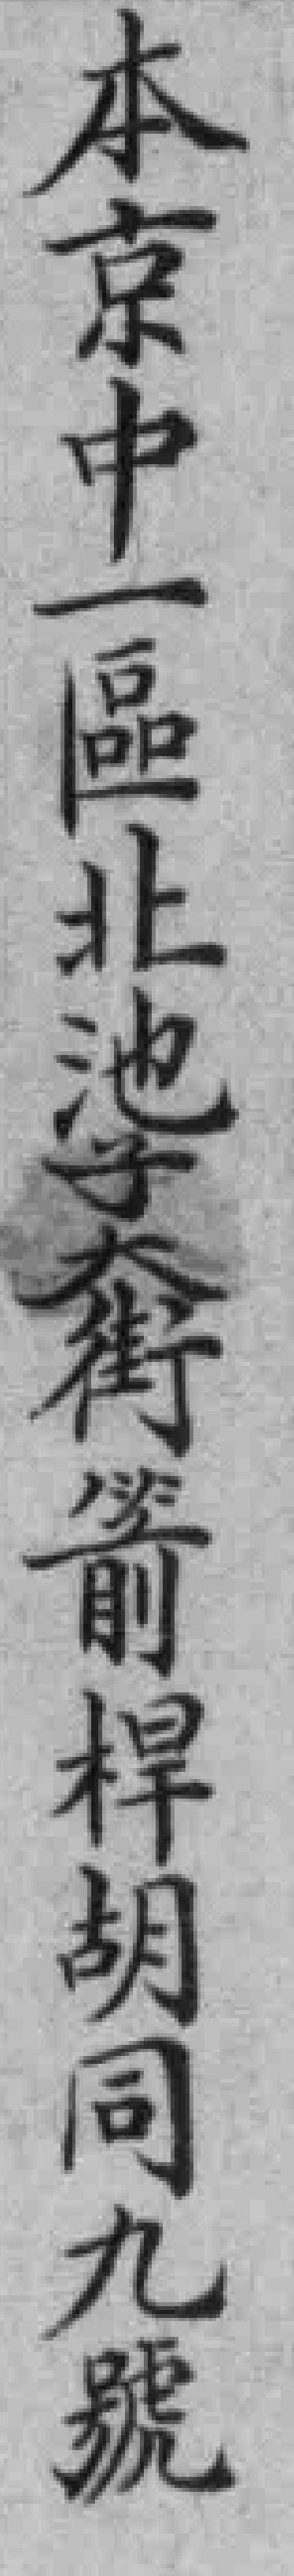
本京中一區北池子大街箭桿胡同九號